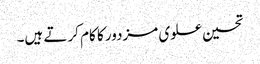
تحسین علوی مزدور کا کام کرتے ہیں۔